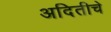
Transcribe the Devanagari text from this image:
अदितीचे